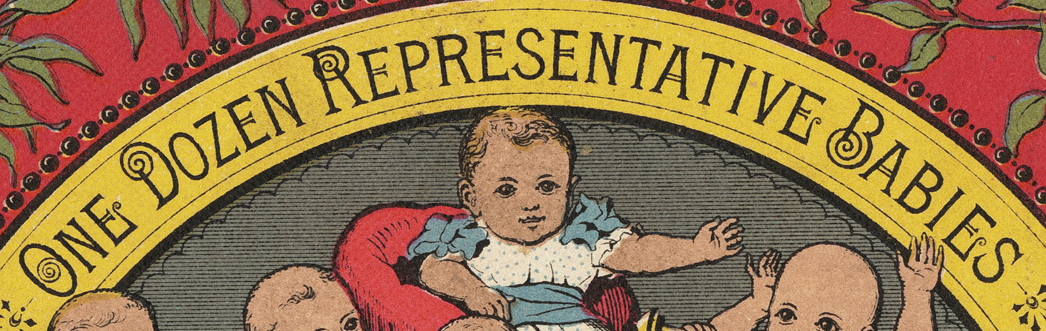
ONE DOZEN REPRESENTATIVE BABIES